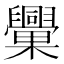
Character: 𣡈